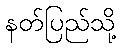
နတ်ပြည်သို့